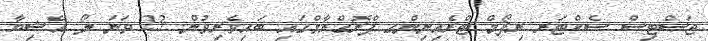
ޖަސްޓިސް ސެކްޓަރ ރިފޯމް ޓްރެއިނިންގ ޕްރޮގްރާމްގައި ބައިވެރިވުން. 23 ވަނަ ލޯ އޭޝިޔާ